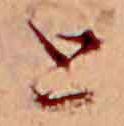
と